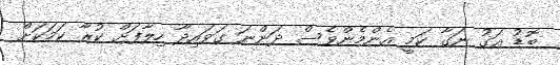
ބޮޑު އަގު ނަގާ ކަމީ އެންމެންވެސް ދަންނަ ގަވައިދާ ހިލާފަށް ކުރާ ކަމަކަށް